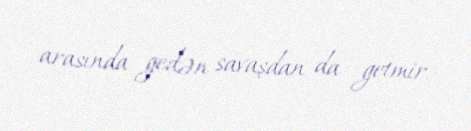
arasında gedən savaşdan da getmir.